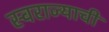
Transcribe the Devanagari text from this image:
स्‍वराज्याची